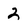
Character: 2